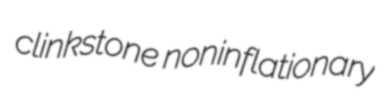
clinkstone noninflationary